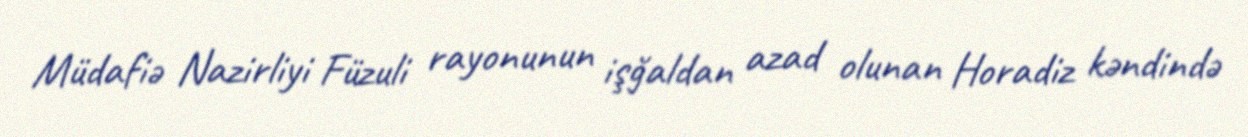
Müdafiə Nazirliyi Füzuli rayonunun işğaldan azad olunan Horadiz kəndində